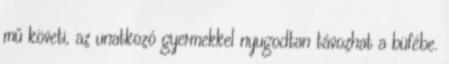
mű követi, az unatkozó gyermekkel nyugodtan távozhat a büfébe.